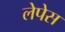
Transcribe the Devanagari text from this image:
लेपेस